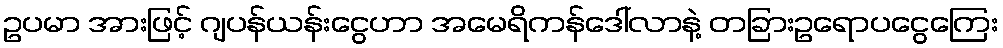
ဥပမာ အားဖြင့် ဂျပန်ယန်းငွေဟာ အမေရိကန်ဒေါ်လာနဲ့ တခြားဥရောပငွေကြေး